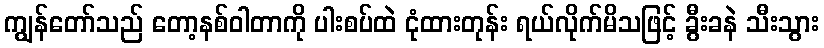
ကျွန်တော်သည် တော့နစ်ဝါတာကို ပါးစပ်ထဲ ငုံထားတုန်း ရယ်လိုက်မိသဖြင့် ခွီးခနဲ သီးသွား